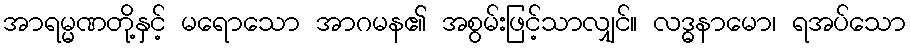
အာရမ္မဏတို့နှင့် မရောသော အာဂမန၏ အစွမ်းဖြင့်သာလျှင်။ လဒ္ဓနာမော၊ ရအပ်သော